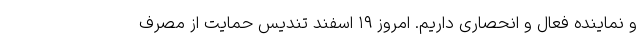
و نماینده فعال و انحصاری داریم. امروز ۱۹ اسفند تندیس حمایت از مصرف